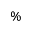
\%